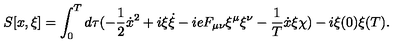
S [ x , \xi ] = \int _ { 0 } ^ { T } d \tau ( - \frac { 1 } { 2 } \dot { x } ^ { 2 } + i \xi \dot { \xi } - i e F _ { \mu \nu } \xi ^ { \mu } \xi ^ { \nu } - \frac { 1 } { T } \dot { x } \xi \chi ) - i \xi ( 0 ) \xi ( T ) .